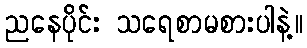
ညနေပိုင်း သရေစာမစားပါနဲ့။